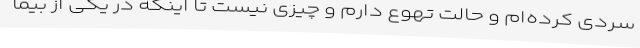
سردی کرده‌ام و حالت تهوع دارم و چیزی نیست تا اینکه در یکی از بیما